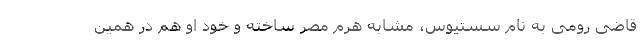
قاضی رومی به نام سستیوس، مشابه هرم مصر ساخته‌ و خود او هم در همین